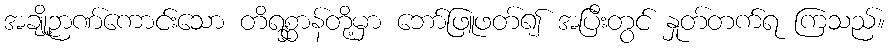
အချို့ဉာဏ်ကောင်းသော တိရစ္ဆာန်တို့မှာ ဘော်ဖြူဖတ်၍ အပြီးတွင် နှုတ်တက်ရ ကြသည်။